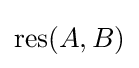
\operatorname {res} (A,B)